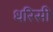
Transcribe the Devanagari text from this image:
धरिसी